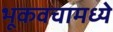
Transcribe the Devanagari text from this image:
भूकवचामध्ये